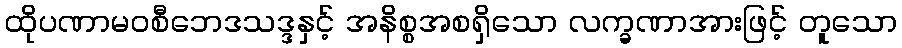
ထိုပဏာမဝစီဘေဒသဒ္ဒနှင့် အနိစ္စအစရှိသော လက္ခဏာအားဖြင့် တူသော